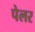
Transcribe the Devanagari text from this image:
पेलर